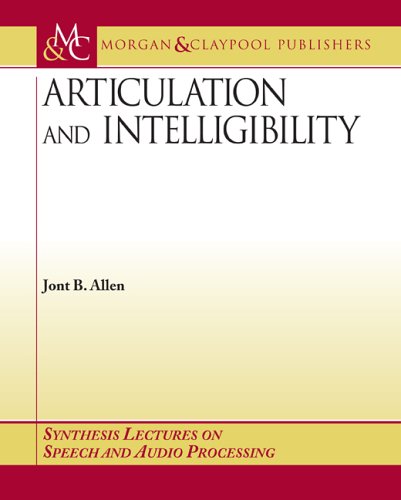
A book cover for Articulation and Intelligibility (Synthesis Lectures on Speech and Audio Processing); Jont B. Allen; Computers & Technology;